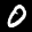
Label: 0